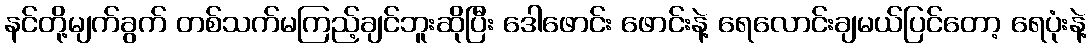
နင်တို့မျက်ခွက် တစ်သက်မကြည့်ချင်ဘူးဆိုပြီး ဒေါဖောင်း ဖောင်းနဲ့ ရေလောင်းချမယ်ပြင်တော့ ရေပုံးနဲ့